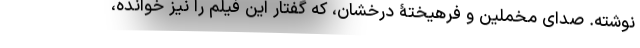
نوشته. صدای مخملین و فرهیختۀ درخشان، که گفتار این فیلم را نیز خوانده،